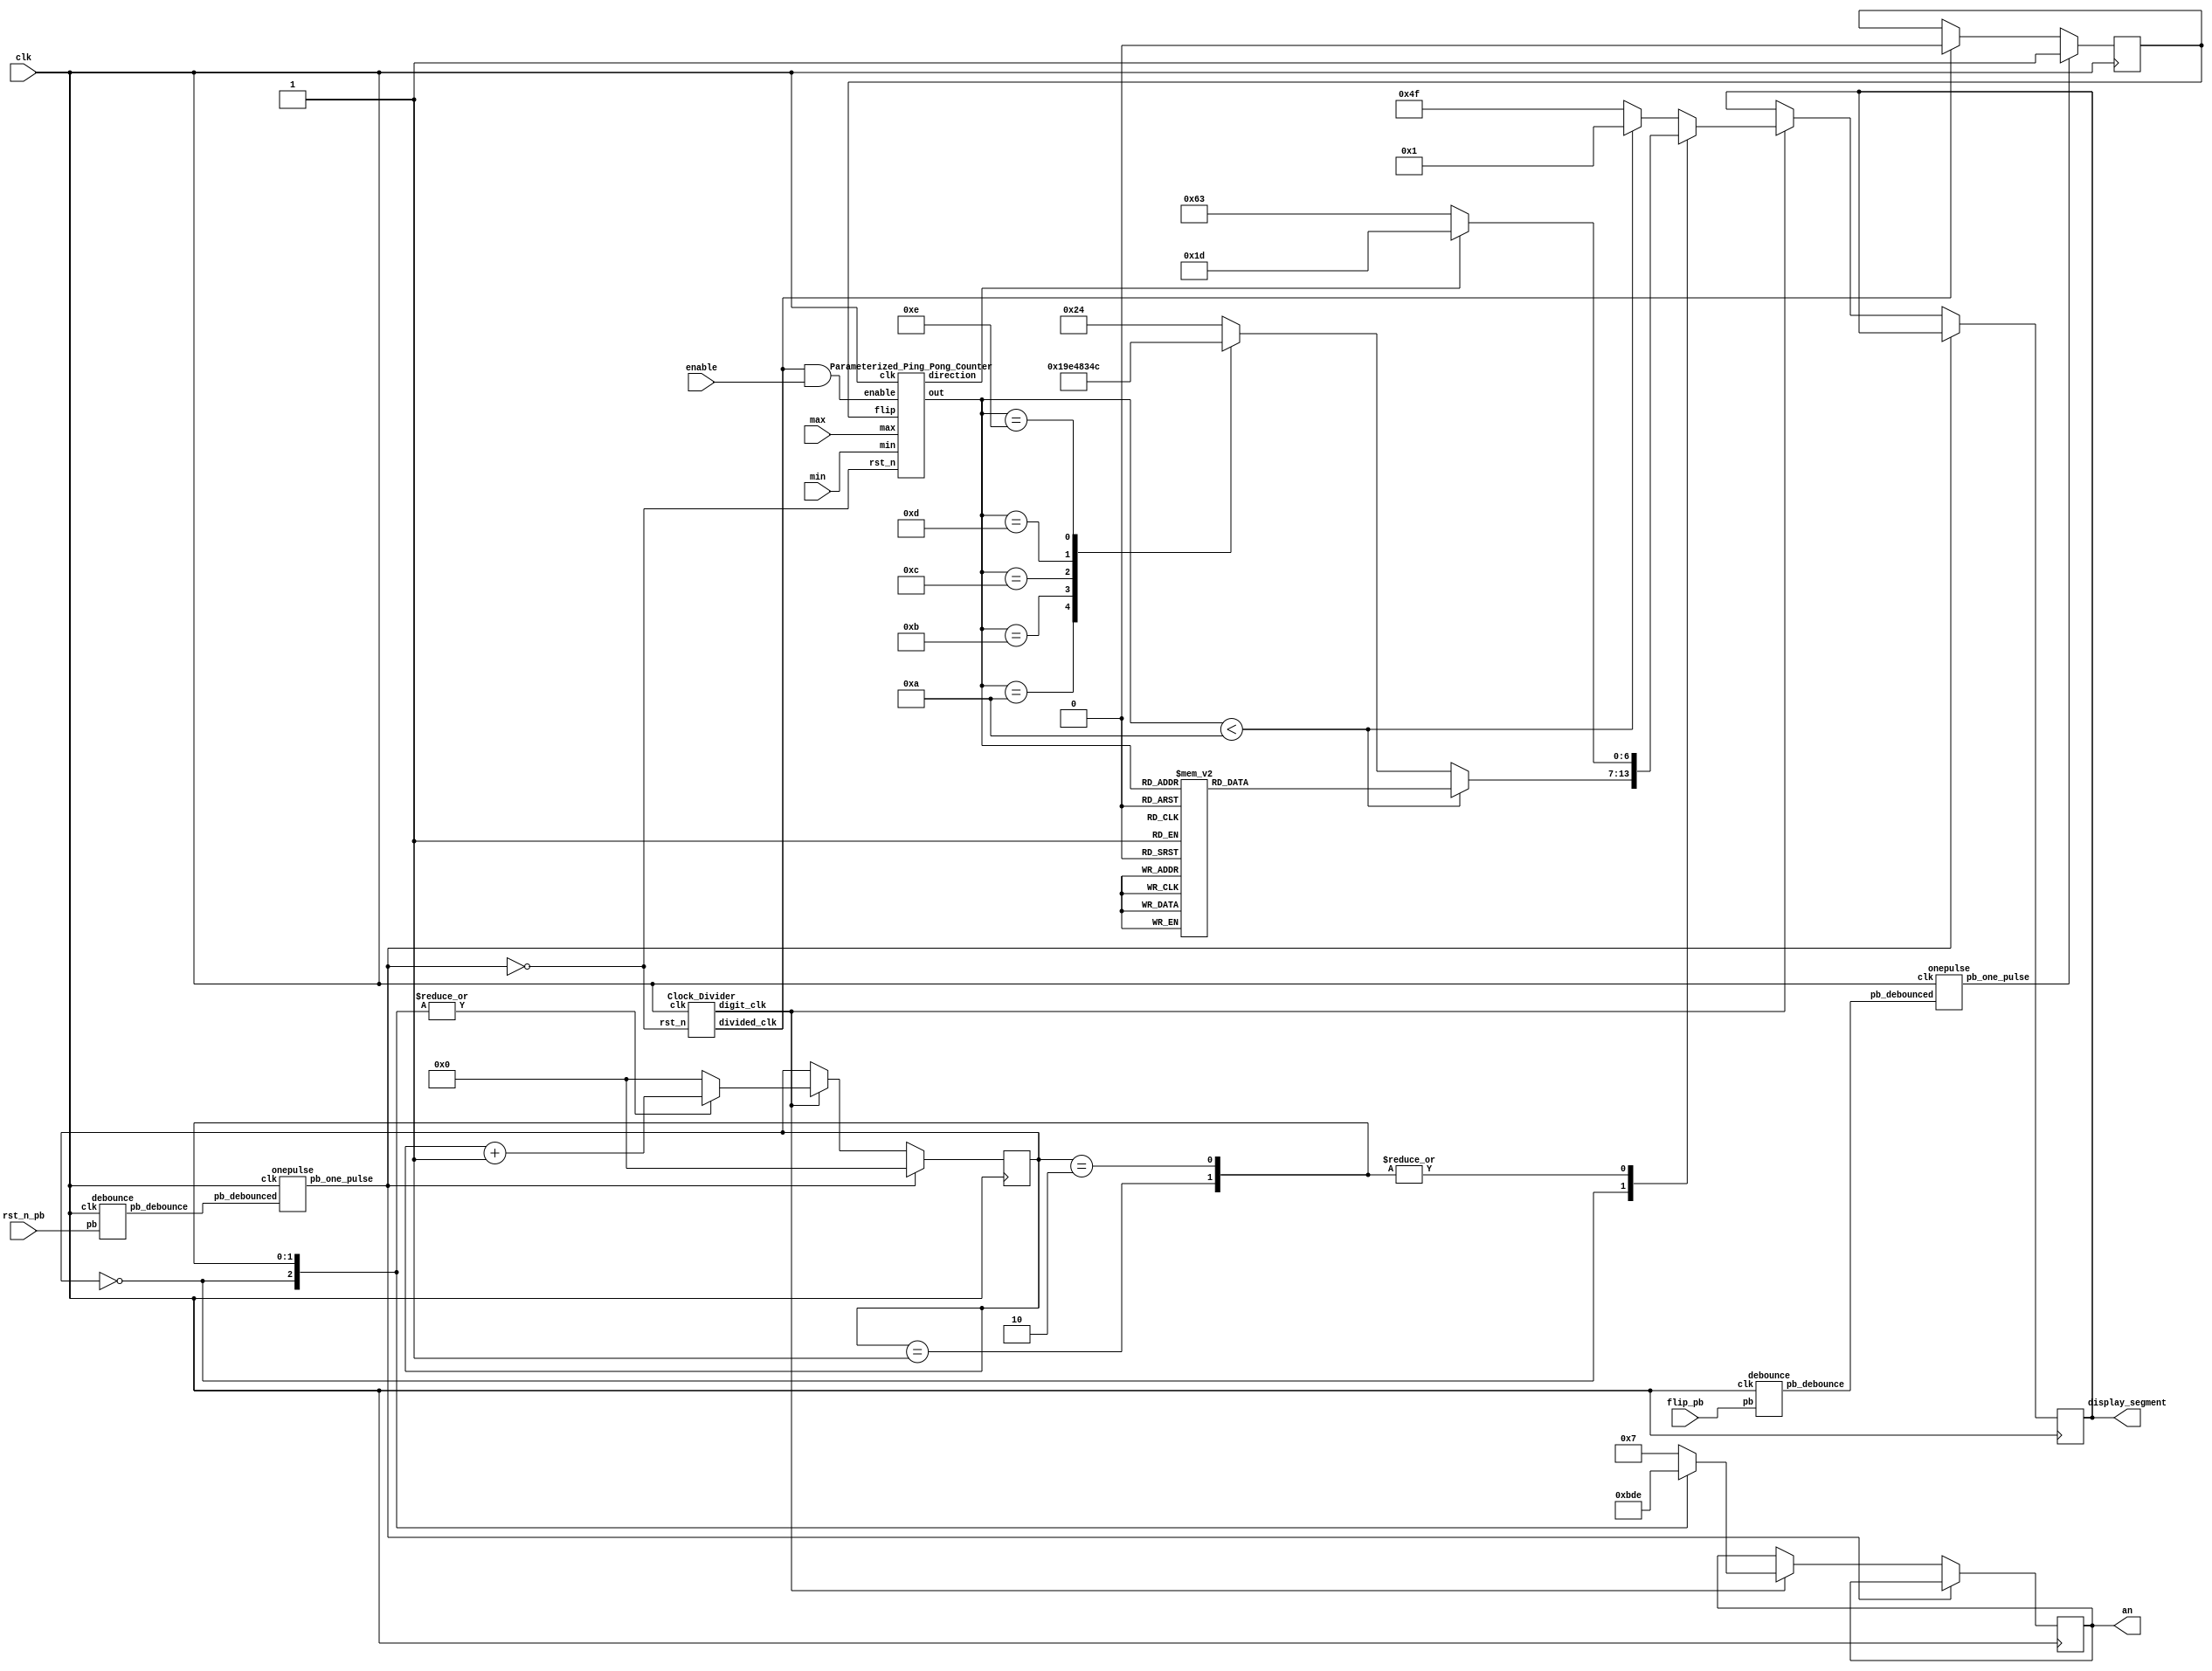
`timescale 1ns/1ps
module Parameterized_Ping_Pong_Counter_FPGA (clk, rst_n_pb, enable, flip_pb, max, min, display_segment, an);
    input clk, rst_n_pb, enable, flip_pb;
    input [4-1:0] max;
    input [4-1:0] min;
    output [6:0] display_segment;
    output [3:0] an;

    reg [3:0]an;

    reg [6:0] display_segment;

    reg [6:0]next_segment_out_left;
    reg [6:0]next_segment_out_right;
    reg [6:0]next_direction_display;

    wire direction, enable_clk;
    wire [3:0]out;
    wire rst_n, rst_n_one_pulse, flip_one_pulse, flip, rst;
    wire hold;
    wire divided_clk, digit_clk;

    reg [3:0] cnt;
    wire [3:0] next_cnt;
    reg [7:0] next_seg;
    reg flip_delay;

    assign next_cnt = cnt + 1'b1;

    Clock_Divider cd(rst, clk, divided_clk, digit_clk);

    //debounce and generate one pulse clk
    debounce db1(rst_n, rst_n_pb, clk);
    debounce db2(flip, flip_pb, clk);
    onepulse op1(rst_n, clk, rst_n_one_pulse);
    onepulse op2(flip, clk, flip_one_pulse);

    assign rst = ~rst_n_one_pulse;
    assign enable_clk = divided_clk & enable;

    always@(posedge clk)begin
        if(flip_one_pulse == 1'b1)begin
            flip_delay <= 1'b1;
        end
        else if(divided_clk == 1'b1)begin
            flip_delay <= 1'b0;
        end
        else begin
            flip_delay <= flip_delay;
        end
    end

    Parameterized_Ping_Pong_Counter pppc(clk, rst, enable_clk, flip_delay, max, min, direction, out);

    always@(posedge clk)begin
        if(!rst) begin
            cnt <= 4'b0;
        end
        else begin
            if(digit_clk)begin
                display_segment <= next_seg;
                case(cnt)
                4'b0000: begin
                    an <= 4'b1011;
                    cnt <= next_cnt;
                end
                4'b0001: begin
                    an <= 4'b1101;
                    cnt <= next_cnt;
                end
                4'b0010: begin
                    an <= 4'b1110;
                    cnt <= next_cnt;
                end
                default: begin
                    an <= 4'b0111;
                    cnt <= 4'b0;
                end
                endcase
            end
            else begin
            end
        end
    end

    always@(*)begin
        case(cnt)
            4'b0000: begin
                next_seg = next_segment_out_right;
            end
            4'b0001: begin
                next_seg = next_direction_display;
            end
            4'b0010: begin
                next_seg = next_direction_display;
            end
            default: begin
                next_seg = next_segment_out_left;
            end
        endcase
    end
    always@(*)begin
        if(out < 4'b1010)begin
            next_segment_out_left = 7'b0000001;
            case(out)
                4'b0000: next_segment_out_right = 7'b0000001;
                4'b0001: next_segment_out_right = 7'b1001111;
                4'b0010: next_segment_out_right = 7'b0010010;
                4'b0011: next_segment_out_right = 7'b0000110;
                4'b0100: next_segment_out_right = 7'b1001100;
                4'b0101: next_segment_out_right = 7'b0100100;
                4'b0110: next_segment_out_right = 7'b0100000;
                4'b0111: next_segment_out_right = 7'b0001111;
                4'b1000: next_segment_out_right = 7'b0000000;
                default: next_segment_out_right = 7'b0000100;
            endcase
        end
        else begin
            next_segment_out_left = 7'b1001111;
            case(out)
                4'b1010: next_segment_out_right = 7'b0000001;
                4'b1011: next_segment_out_right = 7'b1001111;
                4'b1100: next_segment_out_right = 7'b0010010;
                4'b1101: next_segment_out_right = 7'b0000110;
                4'b1110: next_segment_out_right = 7'b1001100;
                default: next_segment_out_right = 7'b0100100;
            endcase
        end

        if(direction == 1'b1)begin
            next_direction_display = 7'b0011101;
        end
        else begin
            next_direction_display = 7'b1100011;
        end
    end

endmodule

module Parameterized_Ping_Pong_Counter (clk,  rst_n, enable, flip, max, min, direction, out);
    input clk, rst_n;
    input enable;
    input flip;
    input [4-1:0] max;
    input [4-1:0] min;
    output direction;
    output [4-1:0] out;
    // output hold;

    reg direction, next_direction;
    reg [3:0]next_out;
    reg [3:0]out;
    wire hold;

    assign hold = ((max<min)||(out>max)||(out<min)||((max == min) && (min == out))) ? 1'b1 : 1'b0;

    always@(posedge clk)begin
        if(!rst_n)begin
            direction <= 1'b1;
            out <= min;
        end
        else begin
            direction <= next_direction;
            out <= next_out;
        end
    end

    always@(*)begin
        if(!enable)begin
            next_out = out;
            next_direction = direction;
        end
        else begin
            if(!hold)begin
                if(flip) begin
                    next_direction = (direction == 1'b1) ? 1'b0 : 1'b1;
                    next_out = (direction == 1'b1) ? out - 1'b1 : out + 1'b1;
                end
                else begin
                    if((out < max && direction == 1'b1)||(out == min && direction == 1'b0))begin
                        next_direction = 1'b1;
                        next_out = out + 1'b1;
                    end
                    else begin
                        next_direction = 1'b0;
                        next_out = out - 1'b1;
                    end
                end
            end
            else begin
                next_direction = direction;
                next_out = out;
            end
        end
    end
endmodule

module debounce(pb_debounce, pb, clk);
    input pb;
    input clk;
    output pb_debounce;

    reg [3:0]DFF;

    always@(posedge clk)begin
        DFF[3:1]<=DFF[2:0];
        DFF[0]<=pb;
    end

    assign pb_debounce = (DFF == 4'b1111) ? 1'b1 : 1'b0;
endmodule

module onepulse(pb_debounced, clk, pb_one_pulse);
    input pb_debounced;
    input clk;
    output pb_one_pulse;
    reg pb_debounced_delay;
    reg pb_one_pulse_reg;
    wire pb_one_pulse = pb_one_pulse_reg;

    always@(posedge clk)begin    
        pb_debounced_delay <= pb_debounced;
        pb_one_pulse_reg <= pb_debounced & (!pb_debounced_delay);
    end
endmodule

module Clock_Divider(rst_n, clk, divided_clk, digit_clk);
    input clk, rst_n;
    output divided_clk, digit_clk;
    reg [24:0]cnt;
    reg [19:0]cnt_1;
    reg divided_clk, digit_clk;

    always@(posedge clk)begin
        if(!rst_n) begin
            cnt <= 25'b0;
            cnt_1 <= 20'b0;
        end
        else begin
            if(cnt == 2**25 - 1'b1)begin
                cnt <= 25'b0;
                divided_clk <= 1'b1;
            end
            else begin
                divided_clk <= 1'b0;
                cnt <= cnt+1'b1;
            end
            
            if(cnt_1 == 2**15 - 1'b1)begin
                cnt_1 <= 20'b0;
                digit_clk <= 1'b1;
            end
            else begin
                digit_clk <= 1'b0;
                cnt_1 <= cnt_1+1'b1;
            end
        end
    end
endmodule